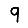
Digit: 9